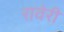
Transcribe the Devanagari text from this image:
रावेरी